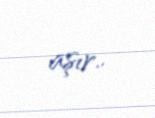
aşır..